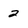
Character: 2